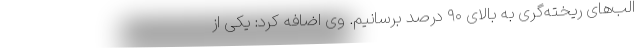
الب‌های ریخته‌گری به بالای ۹۰ درصد برسانیم. وی اضافه کرد: یکی از